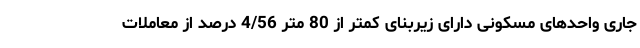
جاری واحدهای مسکونی دارای زیربنای کمتر از 80 متر 4/56 درصد از معاملات